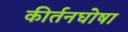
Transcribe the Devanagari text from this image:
कीर्तनघोषा